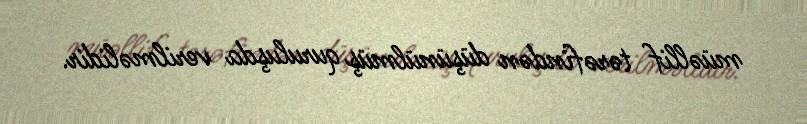
müəllif tərəfindən düşünülmüş quruluşda verilməlidir.